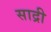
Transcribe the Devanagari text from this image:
साद्री